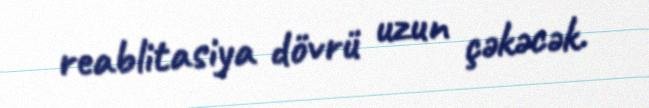
reablitasiya dövrü uzun çəkəcək.